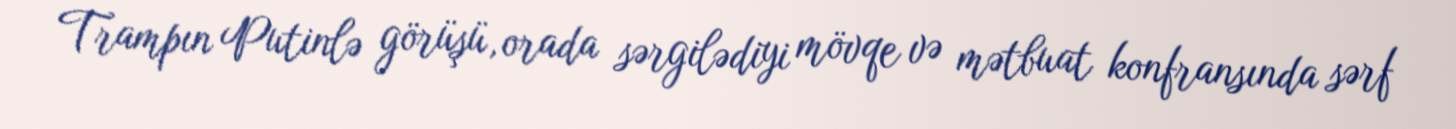
Trampın Putinlə görüşü, orada sərgilədiyi mövqe və mətbuat konfransında sərf